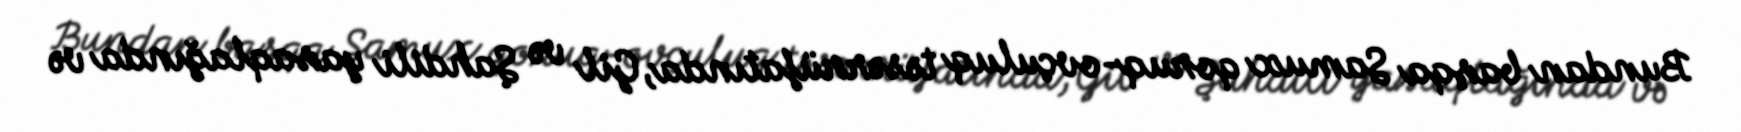
Bundan başqa Samux qoruq-ovçuluq təsərrüfatında, Gil və Şahdili yasaqlağında və